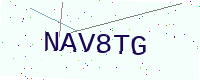
Text: NAV8TG